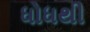
ધોધથી